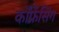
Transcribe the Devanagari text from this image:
काँफ्रेंसिंग